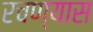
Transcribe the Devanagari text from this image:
रचण्यास